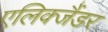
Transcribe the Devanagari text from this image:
एलिक्जैंडर